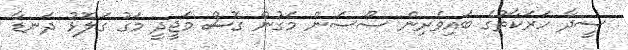
ސީދާ ހަރަކާތުގެ ބައިވެރިން ސޯސަން މަގުން ގޮސް މަޖީދީ މަގު ގަލޮޅު ދަނޑާ